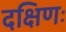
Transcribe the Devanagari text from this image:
दक्षिणः